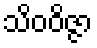
သိဝဝိဇ္ဇာ